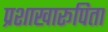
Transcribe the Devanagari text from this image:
प्रशाखारूपिता